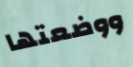
ووضعتها